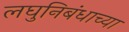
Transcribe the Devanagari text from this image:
लघुनिबंधाच्या